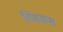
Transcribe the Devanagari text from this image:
डिसकस